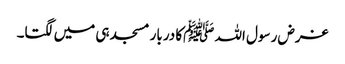
غرض رسول اللہ ﷺکا دربار مسجد ہی میں لگتا۔